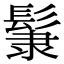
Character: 𩭞